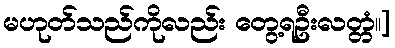
မဟုတ်သည်ကိုလည်း တွေ့ရဦးလတ္တံ။]